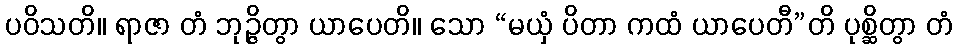
ပဝိသတိ။ ရာဇာ တံ ဘုဉ္ဇိတွာ ယာပေတိ။ သော “မယှံ ပိတာ ကထံ ယာပေတီ”တိ ပုစ္ဆိတွာ တံ